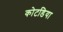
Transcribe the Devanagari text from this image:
कोटडिया